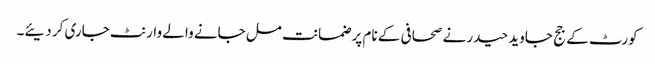
کورٹ کے جج جاوید حیدر نے صحافی کے نام پر ضمانت مل جانے والے وارنٹ جاری کر دیئے۔